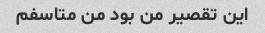
این تقصیر من بود من متاسفم